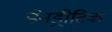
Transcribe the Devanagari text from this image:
डेनड्रीटिक